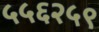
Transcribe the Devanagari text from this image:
५५६२५९